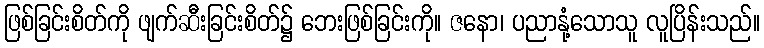
ဖြစ်ခြင်းစိတ်ကို ဖျက်ဆီးခြင်းစိတ်၌ ဘေးဖြစ်ခြင်းကို။ ဇနော၊ ပညာနုံ့သောသူ လူပြိန်းသည်။